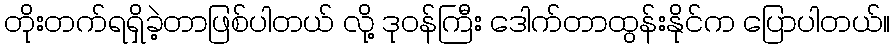
တိုးတက်ရရှိခဲ့တာဖြစ်ပါတယ် လို့ ဒုဝန်ကြီး ဒေါက်တာထွန်းနိုင်က ပြောပါတယ်။